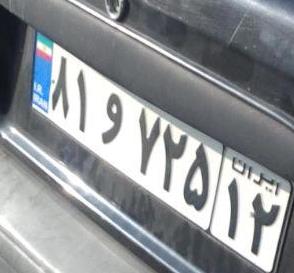
۸۱و۷۲۵۱۲